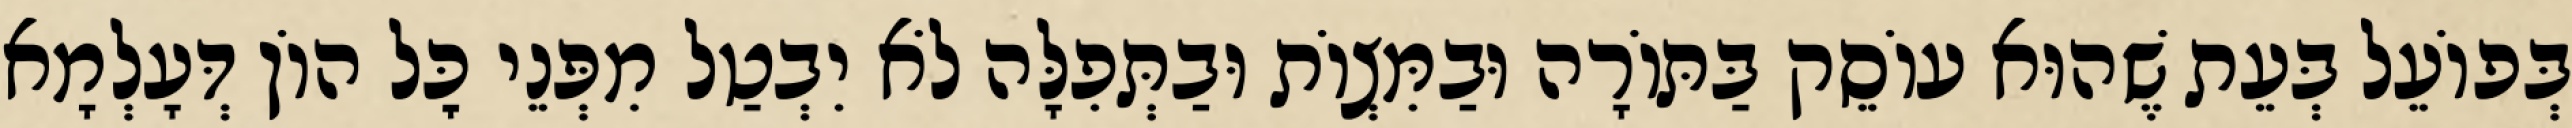
בְּפוֹעֵל בְּעֵת שֶׁהוּא עוֹסֵק בַּתּוֹרָה וּבַמִּצְוֹת וּבַתְּפִלָּה לֹא יִבְטַל מִפְּנֵי כׇּל הוֹן דְּעָלְמָא